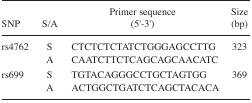
<table><thead><tr><td><b>SNP</b></td><td><b>S/A</b></td><td><b>Primer sequence (5′-3′)</b></td><td><b>Size (bp)</b></td></tr></thead><tbody><tr><td rowspan="2">rs4762</td><td>S</td><td>CTCTCTCTATCTGGGAGCCTTG</td><td>323</td></tr><tr><td>A</td><td>CAATCTTCTCAGCAGCAACATC</td><td></td></tr><tr><td rowspan="2">rs699</td><td>S</td><td>TGTACAGGGCCTGCTAGTGG</td><td>369</td></tr><tr><td>A</td><td>ACTGGCTGATCTCAGCTACACA</td><td></td></tr></tbody></table>